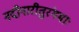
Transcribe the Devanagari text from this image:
नदीनारीतुरंगमाः